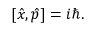
[ { \hat { x } } , { \hat { p } } ] = i \hbar .